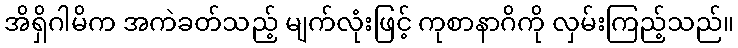
အိရှိဂါမိက အကဲခတ်သည့် မျက်လုံးဖြင့် ကုစာနာဂိကို လှမ်းကြည့်သည်။